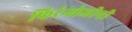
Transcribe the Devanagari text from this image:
फिरंगोजीनी